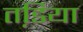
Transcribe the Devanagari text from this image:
तडि़या